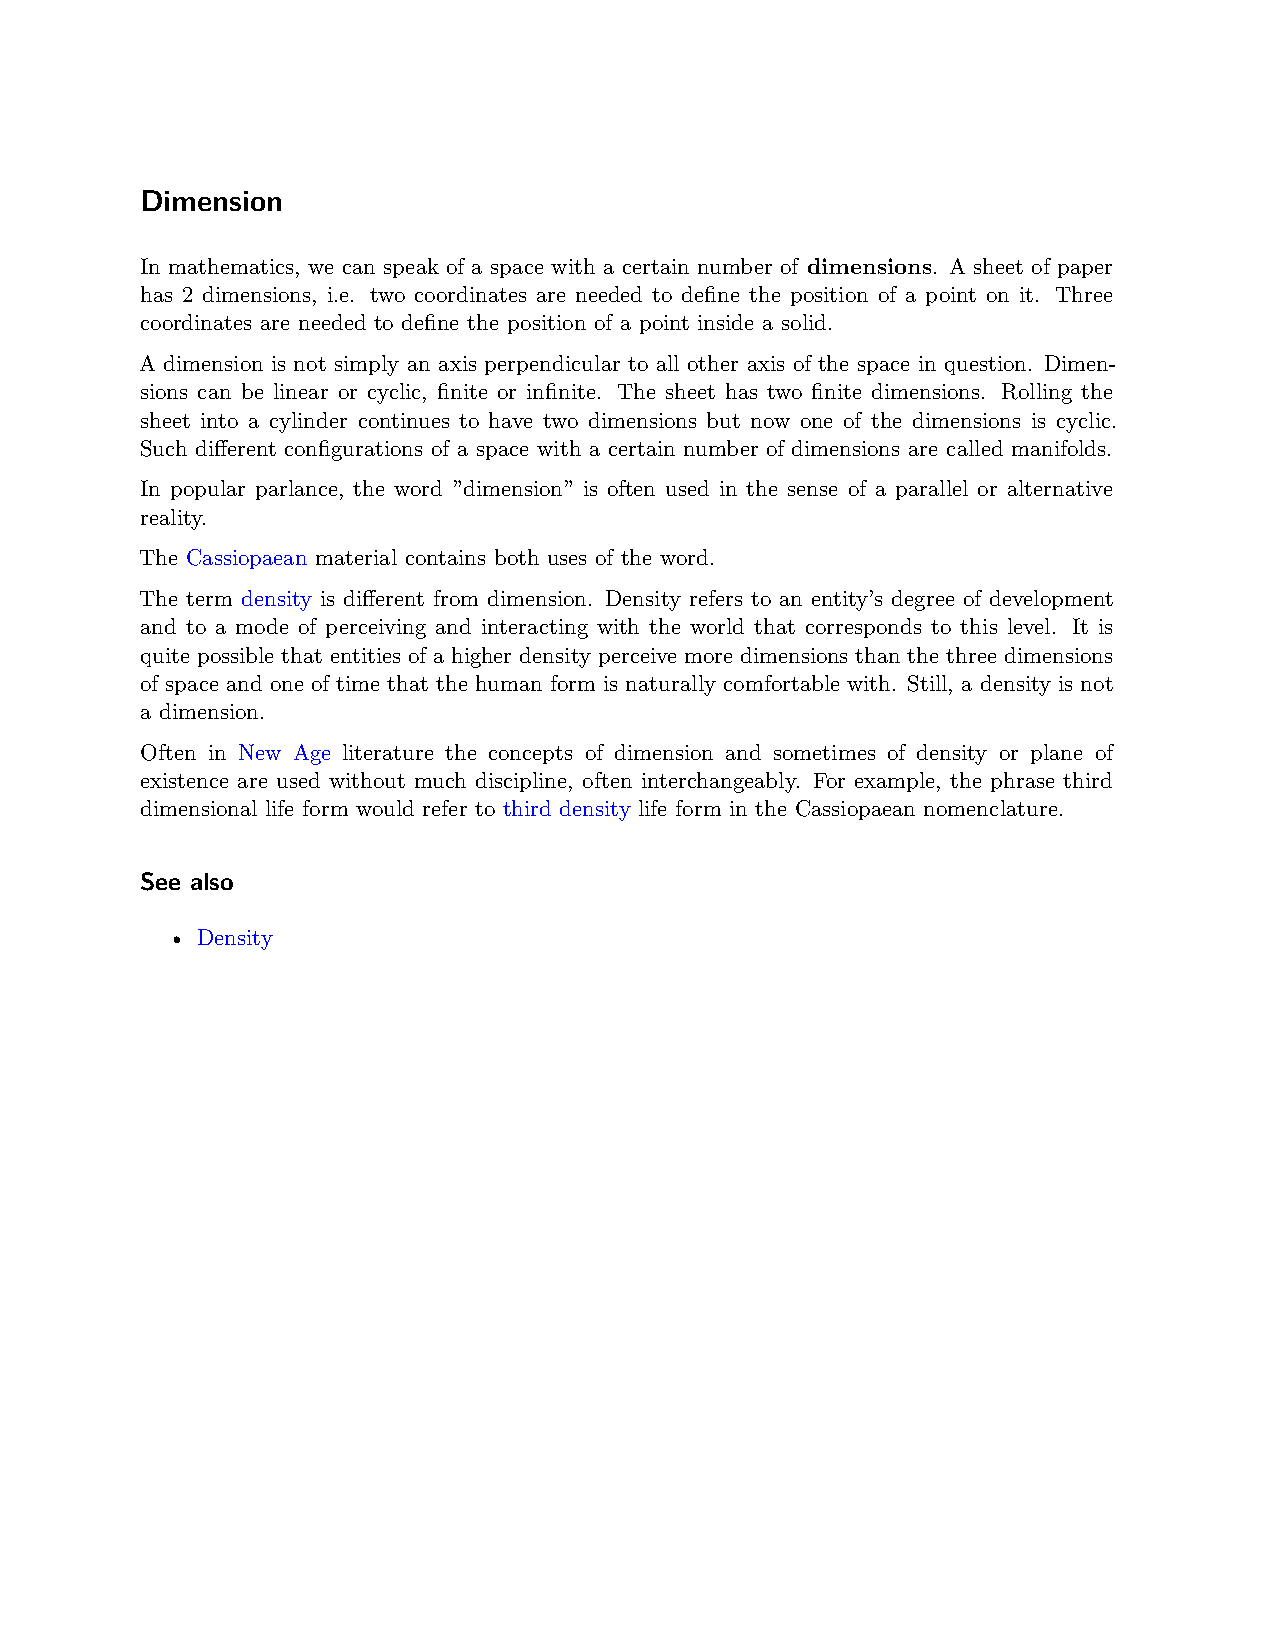
Dimension
 In mathematics, we can speak of a space with a certain number of dimensions. A sheet of paper
 has 2 dimensions, i.e. two coordinates are needed to define the position of a point on it. Three
 coordinates are needed to define the position of a point inside a solid.
 A dimension is not simply an axis perpendicular to all other axis of the space in question. Dimen-
 sions can be linear or cyclic, finite or infinite. The sheet has two finite dimensions. Rolling the
 sheet into a cylinder continues to have two dimensions but now one of the dimensions is cyclic.
 Such different configurations of a space with a certain number of dimensions are called manifolds.
 In popular parlance, the word ”dimension” is often used in the sense of a parallel or alternative
 reality.
 The Cassiopaean material contains both uses of the word.
 The term density is different from dimension. Density refers to an entity’s degree of development
 and to a mode of perceiving and interacting with the world that corresponds to this level. It is
 quite possible that entities of a higher density perceive more dimensions than the three dimensions
 of space and one of time that the human form is naturally comfortable with. Still, a density is not
 a dimension.
 Often in New Age literature the concepts of dimension and sometimes of density or plane of
 existence are used without much discipline, often interchangeably. For example, the phrase third
 dimensional life form would refer to third density life form in the Cassiopaean nomenclature.
 See also
 • Density